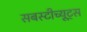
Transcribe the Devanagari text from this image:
सबस्टीच्यूट्स